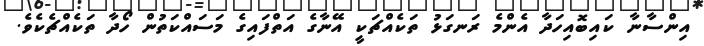
އިންސާނާ ކައިބޮއިހަދާ އެންމެ ރަނގަޅު ތަކެއްޗަކީ އޭނާގެ އަތްފައިގެ މަސައްކަތުން ހޯދާ ތަކެއްޗެކެވެ.